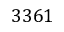
3 3 6 1